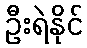
ဦးရဲနိုင်